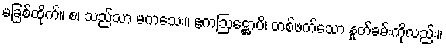
မခြစ်ထိုက်။ စ၊ သည်သာ မကသေး။ ဧကဩဋ္ဌောပိ၊ တစ်ဖက်သော နှုတ်ခမ်းကိုလည်း။